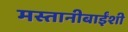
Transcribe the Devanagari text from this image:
मस्तानीबाईंशी